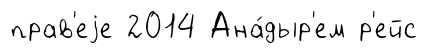
прав'еjе 2014 Ана́дыр'ем р'ейс